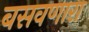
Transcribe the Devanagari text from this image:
बसवणारा